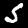
Digit: 5